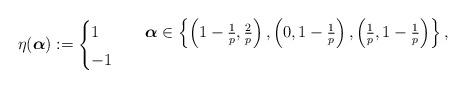
LaTeX: \begin{align*}\eta(\boldsymbol{\alpha})&:=\begin{cases}1&\quad \boldsymbol{\alpha} \in\left\{\left(1-\frac1p, \frac2p\right), \left(0, 1-\frac1p\right), \left(\frac1p, 1-\frac1p\right)\right\},\\-1&\quad\end{cases}\end{align*}